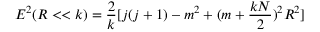
E ^ { 2 } ( R < < k ) = \frac { 2 } { k } [ j ( j + 1 ) - m ^ { 2 } + ( m + \frac { k N } { 2 } ) ^ { 2 } R ^ { 2 } ]